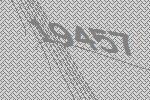
19457